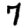
Digit: 7